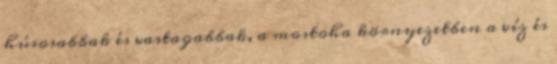
húsosabbak és vastagabbak, a mostoha környezetben a víz és